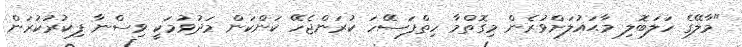
"މާލޭގެ ހަލަބޮލި މާޙައުލަށްވުރެން މިގޮތްމާ ހިތްފަސޭހަ ކުރަންޖެހޭ ކަންކަން މަދުވުމަކީ ވިސްނާ ފިކުރުކުރަން